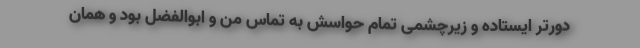
دورتر ایستاده و زیرچشمی تمام حواسش به تماس من و ابوالفضل بود و همان